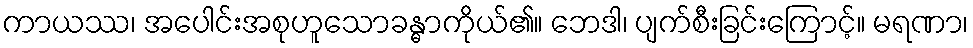
ကာယဿ၊ အပေါင်းအစုဟူသောခန္ဓာကိုယ်၏။ ဘေဒါ၊ ပျက်စီးခြင်းကြောင့်။ မရဏာ၊